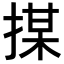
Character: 𢱖